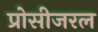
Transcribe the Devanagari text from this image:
प्रोसीजरल